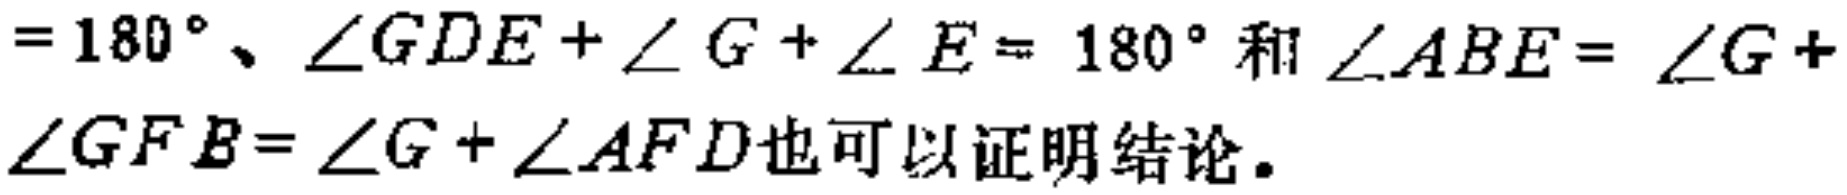
$=180^{\circ}、\angle GDE+\angle G+\angle E = 180^{\circ}和\angle ABE=\angle G+ \angle GFB=\angle G+\angle AFD也可以证明结论。$